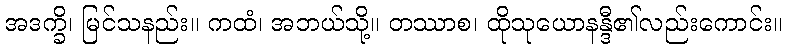
အဒက္ခိ၊ မြင်သနည်း။ ကထံ၊ အဘယ်သို့။ တဿာစ၊ ထိုသုယောနန္ဒီ၏လည်းကောင်း။